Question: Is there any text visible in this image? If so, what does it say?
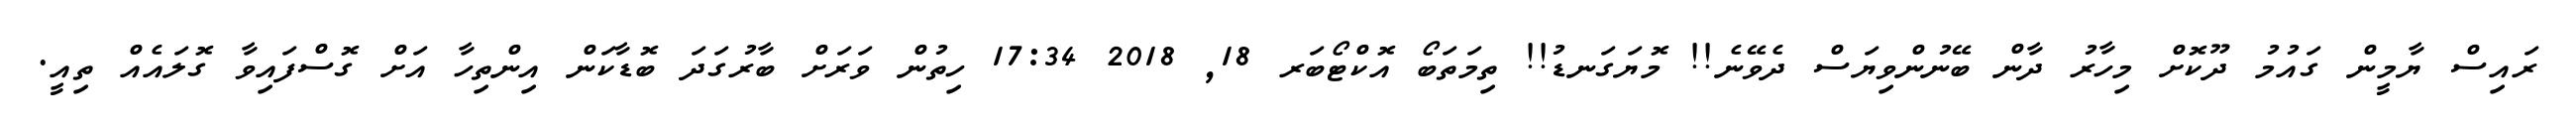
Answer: ރައިސް ޔާމީން ގައުމު ދޫކޮށް މިހާރު ދާން ބޭނުންވިޔަސް ދެވޭނެ!! މޮޔަގަނޑު!! ތިމަތަބޯ އޮކްޓޯބަރ 18, 2018 17:34 ހިތުން ވަރަށް ބާރުގަދަ ބޮޑާކަން އިންތިހާ އަށް ގޮސްފައިވާ ގޮލައެއް ތިއީ.